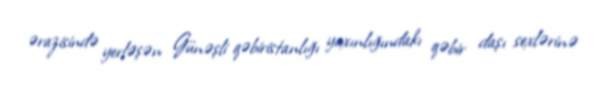
ərazisində yerləşən Günəşli qəbiristanlığı yaxınlığındakı qəbir daşı sexlərinə